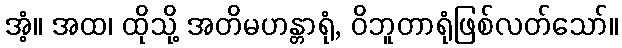
အံ့။ အထ၊ ထိုသို့ အတိမဟန္တာရုံ, ဝိဘူတာရုံဖြစ်လတ်သော်။